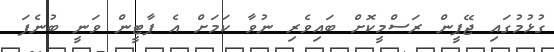
ގުޅުމުގައި ޖޭޕީން ރަސްމީކޮށް ބައިވެރި ނުވާ ކަމަށް އެ ޕާޓީން ވަނީ ބުނެފަ